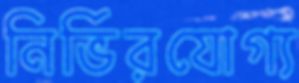
নির্ভিরযোগ্য